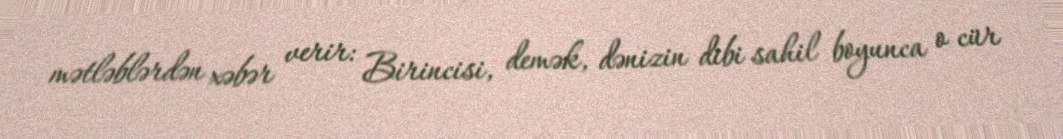
mətləblərdən xəbər verir: Birincisi, demək, dənizin dibi sahil boyunca o cür